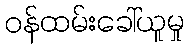
ဝန်ထမ်းခေါ်ယူမှု